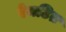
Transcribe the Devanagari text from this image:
रेमटित